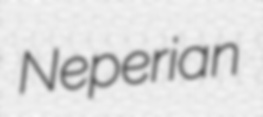
Neperian